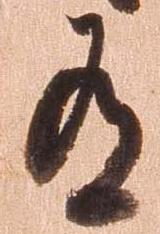
有